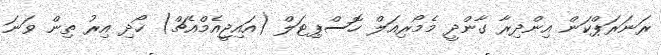
ރަނަރަޕްކަން އިންދިރާ ގާންދީ މެމޯރިއަލް ހޮސްޕިޓަލް (އައިޖީއެމްއެޗް) ހޯދި އިރު ތިން ވަނަ